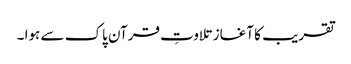
تقریب کا آغاز تلاوتِ قرآن پاک سے ہوا ۔